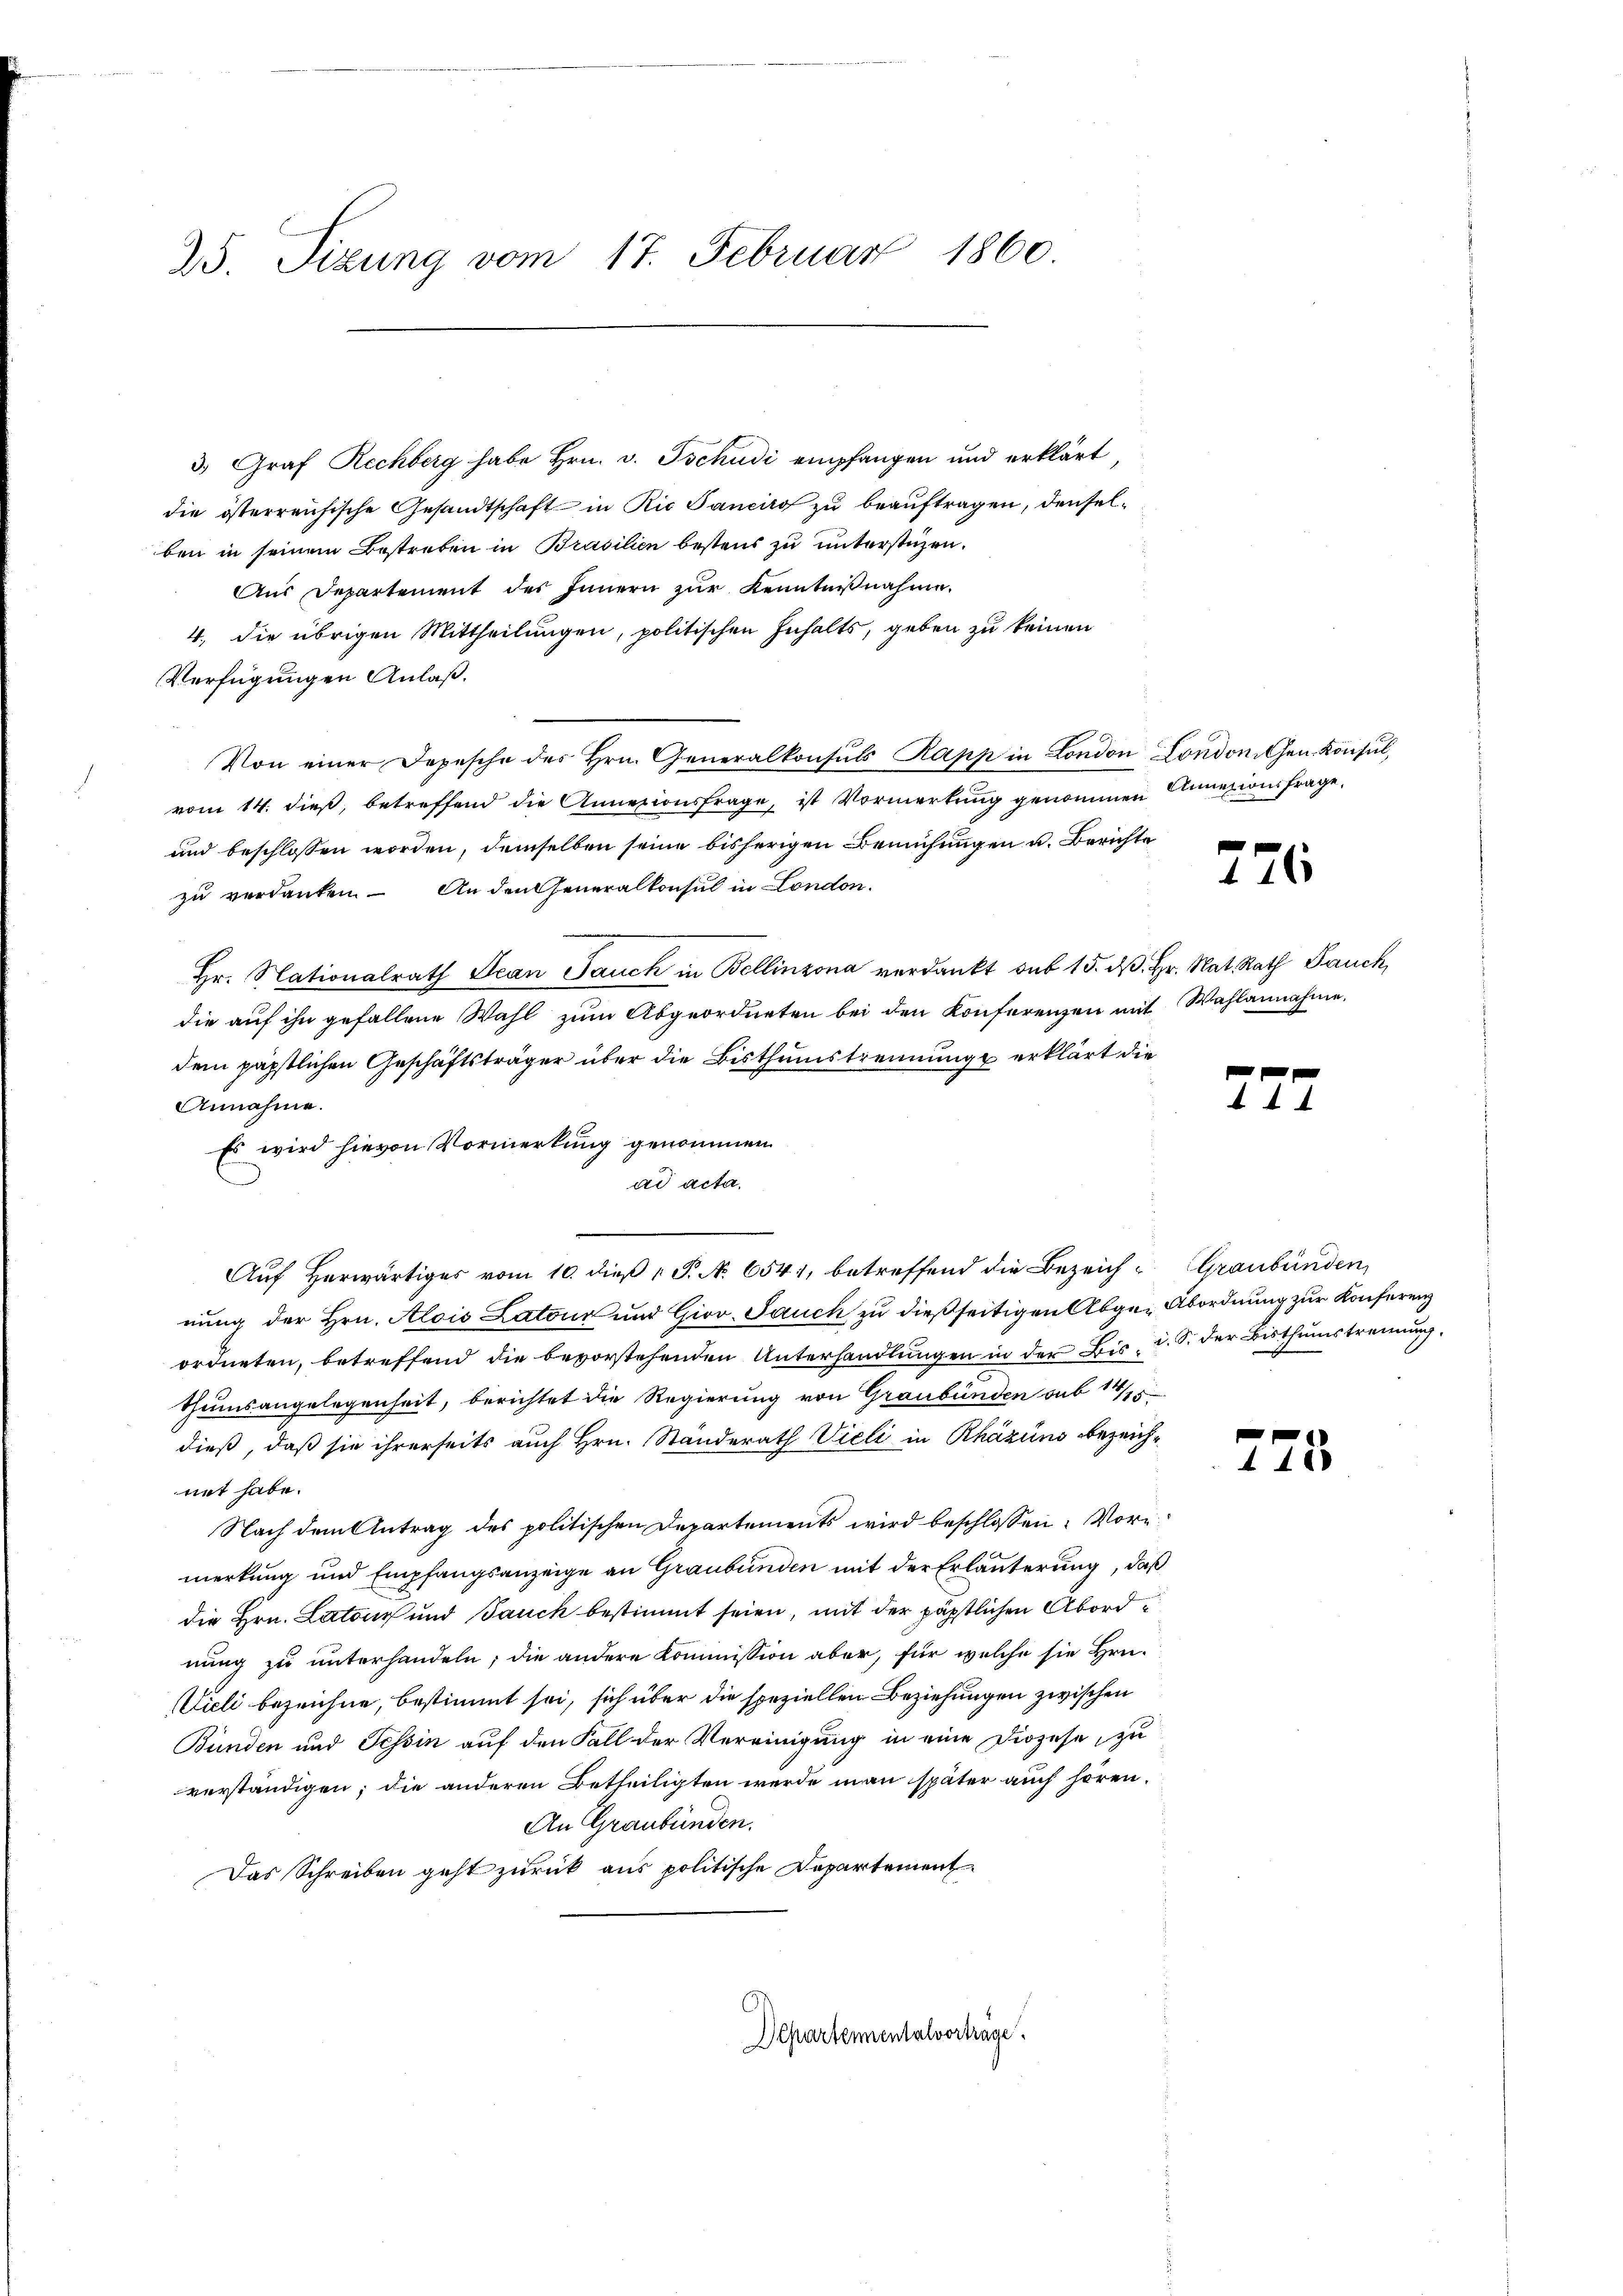
25. Sizung vom 17. Februar 1860.

3. Graf Rechberg habe Hrn. v. Tschudi empfangen und erklärt,
die österreichische Gesandtschaft in Ric Tancirof zu beauftragen, denselben in seinem Bestreben in Brasilien bestens zu unterstüzen.
Aus Departement des Innern zur Kenntnißnahme.
4., die übrigen Mittheilungen, politischen Inhalts, geben zu keinen
Verfügungen Anlaß.
Von einer Depesche des Hrn. Generalkonsuls Kapp in London London. Gen. Konsul,
vom 14. dieß, betreffend die Annexionsfrage, ist Vormerkung genommen Annazion frage,
und beschlossen worden, demselben seine bisherigen Bemühungen u. Berichte
zu verdanken. An den Generalkonsul in London.
Hr. Nationalrath Jean Jauch in Bellinzona verdankt sub 15. dβ. Hr. Nat. Rath Bauch,
die auf ihn gefallene Wahl zum Abgeordneten bei den Konferenzen mit Wahlannahme,
dem päpstlichen Geschäftsträger über die Bisthumstrennung erklärt die
Annahme.
Es wird hievon Vormerkung genommen
ad acta.
Auf herwärtiges vom 10. dieß P. No. 6541, betreffend die Bezeich- (Graubünden,
nung der Hrn. Alois Latour und Giov Sauch zu dießseitigen Abger Abordnung zur Konferenz
ordneten, betreffend die bevorstehenden Unterhandlungen in der Bis d. S. der Bisthumstrennung.
thumsangelegenheit, berichtet die Regierung von Graubünden sub 1/5
dieß, daß sie ihrerseits auch Hrn. Standerath Vieli in Rházüns bezeichnet habe.
Nach dem Antrag des politischen Departements wird beschlossen: Vormerkung und Empfangsanzeige an Graubünden mit der Erläuterung, daß
die Hrn. Latour und Jauch bestimmt seien, mit der päpstlichen Abord
nung zu unterhandeln; die andere Kommission aber, für welche sie Hrn.
ieli bezeichne, bestimmt sei, sich über die speziellen Beziehungen zwischen
Bunden und Tessin auf den Fall der Vereinigung in eine Diözese, zu
verständigen; die anderen Betheiligten wurde man später auch hören.
An Graubünden.
Das Schreiben geht zurück aus politische Departement
Departementalvorträge.

226

f
4

e
4 40